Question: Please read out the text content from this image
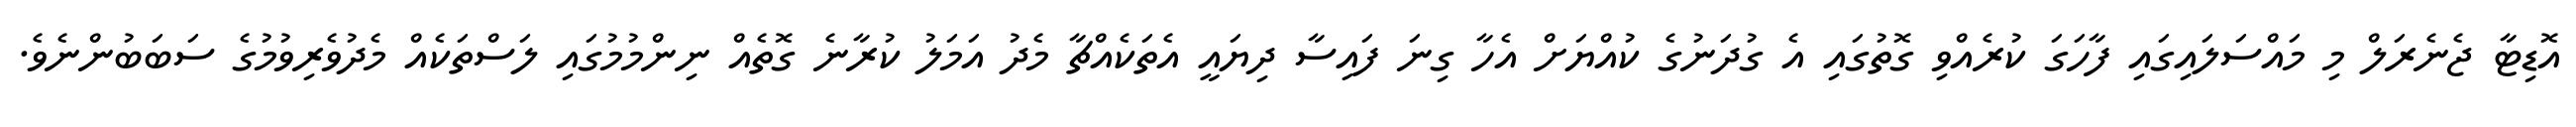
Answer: އޮޑިޓާ ޖެނެރަލް މި މައްސަލައިގައި ފާހަގަ ކުރެއްވި ގޮތުގައި އެ ގުދަނުގެ ކުއްޔަށް އެހާ ގިނަ ފައިސާ ދިޔައީ އެތަކެއްޗާ މެދު އަމަލު ކުރާނެ ގޮތެއް ނިންމުމުގައި ލަސްތަކެއް މެދުވެރިވުމުގެ ސަބަބުންނެވެ.